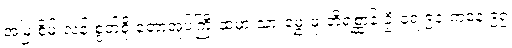
အမြဲ စိမ်းလန်းစွတ်စို တောအုပ်ကြီးထဲမှာ သားမွှေးဖုံးတိရစ္ဆာန် ဦးရေ ၉၀ ကနေ ၉၅